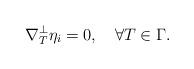
LaTeX: \begin{align*} \nabla^\perp_T\eta_i=0,\quad\forall T\in\Gamma.\end{align*}